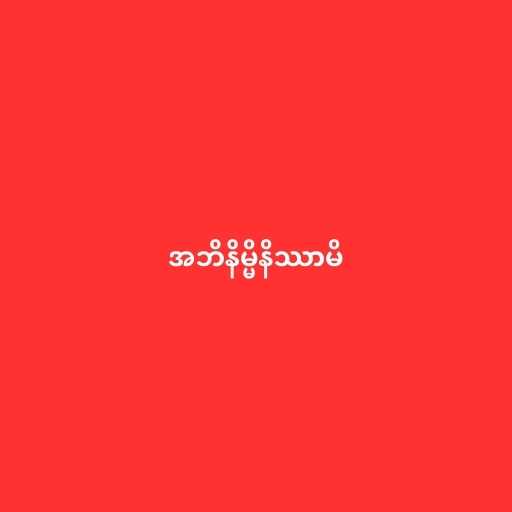
အဘိနိမ္မိနိဿာမိ